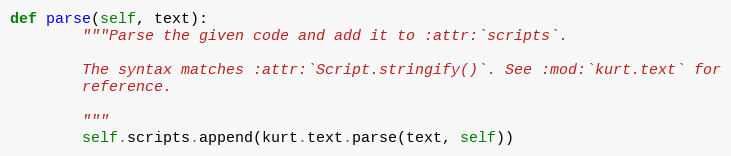
Language: Python
def parse(self, text):
        """Parse the given code and add it to :attr:`scripts`.

        The syntax matches :attr:`Script.stringify()`. See :mod:`kurt.text` for
        reference.

        """
        self.scripts.append(kurt.text.parse(text, self))